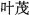
叶茂